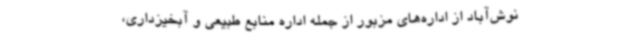
نوش‌آباد از اداره‌های مزبور از جمله اداره منابع طبیعی و آبخیزداری،